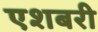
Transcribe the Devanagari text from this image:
एशबरी